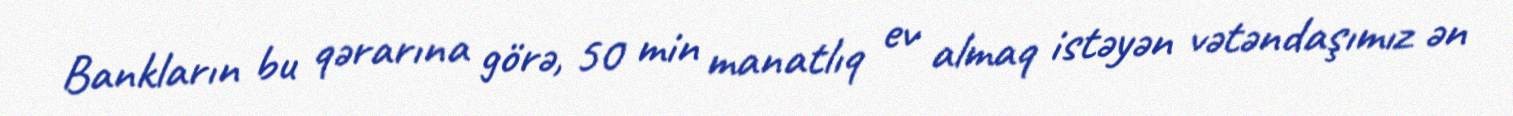
Bankların bu qərarına görə, 50 min manatlıq ev almaq istəyən vətəndaşımız ən